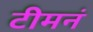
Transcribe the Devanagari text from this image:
टीमनं